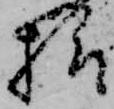
様